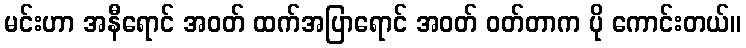
မင်းဟာ အနီရောင် အဝတ် ထက်အပြာရောင် အဝတ် ဝတ်တာက ပို ကောင်းတယ်။